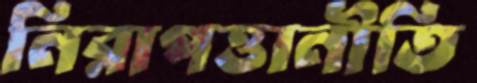
নিরাপত্তানীতি